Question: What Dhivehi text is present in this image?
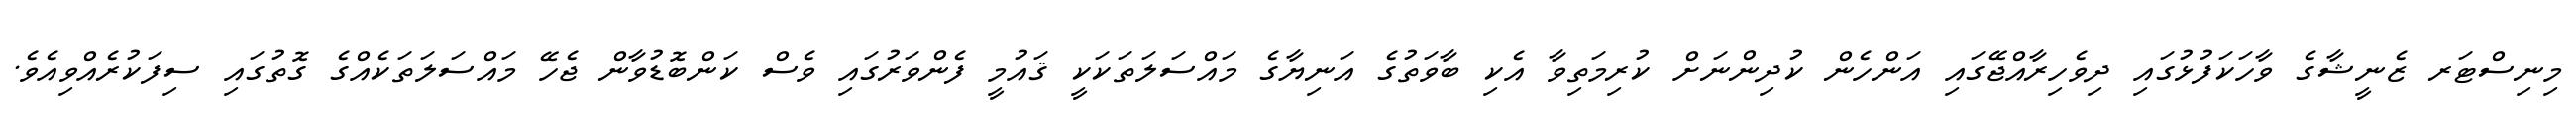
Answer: މިނިސްޓަރ ޒެނީޝާގެ ވާހަކަފުޅުގައި ދިވެހިރާއްޖޭގައި އަންހެން ކުދިންނަށް ކުރިމަތިވާ އެކި ބާވަތުގެ އަނިޔާގެ މައްސަލަތަކަކީ ޤައުމީ ފެންވަރުގައި ވެސް ކަންބޮޑުވާން ޖެހޭ މައްސަލަތަކެއްގެ ގޮތުގައި ސިފަކުރެއްވިއެވެ.